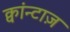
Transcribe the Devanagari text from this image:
क्वांन्टाज़